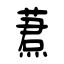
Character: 蔒